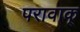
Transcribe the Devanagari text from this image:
परावाक्